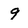
Character: 9